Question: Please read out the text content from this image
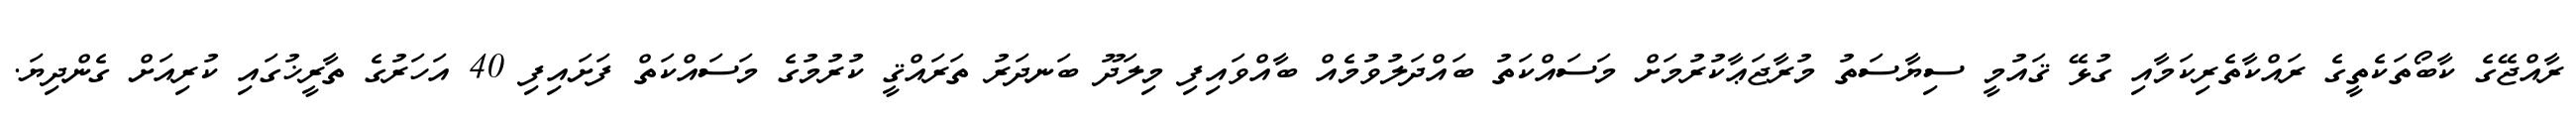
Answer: ރާއްޖޭގެ ކާބޯތަކެތީގެ ރައްކާތެރިކަމާއި ގުޅޭ ޤައުމީ ސިޔާސަތު މުރާޖަޢާކުރުމަށް މަސައްކަތު ބައްދަލުވުމެއް ބާއްވައިފި މިލަދޫ ބަނދަރު ތަރައްޤީ ކުރުމުގެ މަސައްކަތް ފަށައިފި 40 އަހަރުގެ ތާރީޚުގައި ކުރިއަށް ގެންދިޔަ.